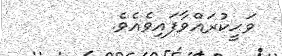
ވަޙީކުރައްވާފައިވެއެވެ.